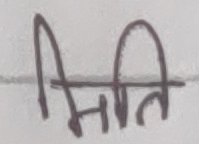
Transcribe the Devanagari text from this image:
मिति